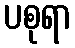
ပစုရာ